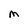
Character: M